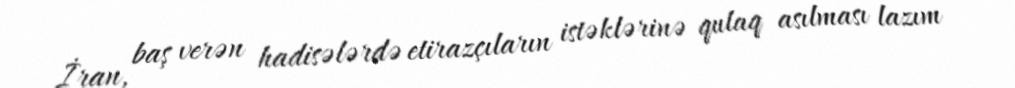
İran, baş verən hadisələrdə etirazçıların istəklərinə qulaq asılması lazım